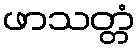
ဖာသတ္တံ